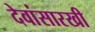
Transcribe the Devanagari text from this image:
देवांसारखी